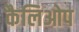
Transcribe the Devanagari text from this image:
कैलिओप